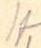
/f